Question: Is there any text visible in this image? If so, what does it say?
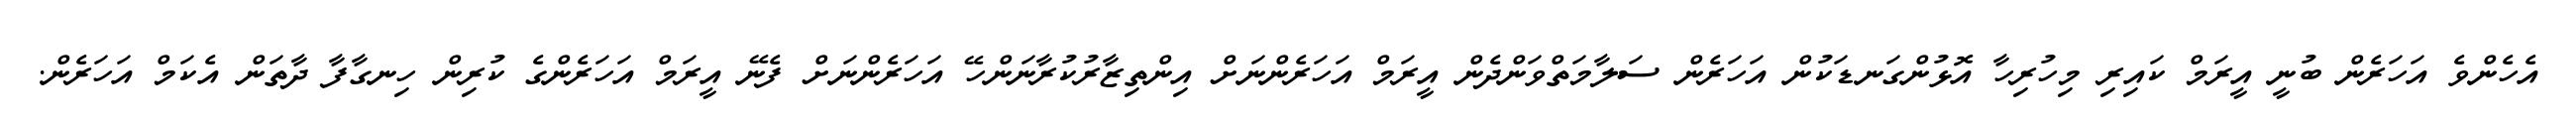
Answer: އެހެންވެ އަހަރެން ބުނީ އީރަމް ކައިރި މިހުރިހާ އޮޅުންގަނޑަކުން އަހަރެން ސަލާމަތްވަންދެން އީރަމް އަހަރެންނަށް އިންތިޒާރުކުރާނަންހޭ އަހަރެންނަށް ފެނޭ އީރަމް އަހަރެންގެ ކުރިން ހިނގާފާ ދާތަން އެކަމް އަހަރެން.